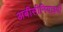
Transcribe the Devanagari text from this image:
अबीसीनियाइयों